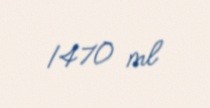
1470 ml